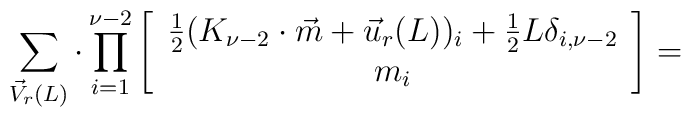
\sum_{\vec{V}_r(L)}\cdot\prod_{i=1}^{\nu-2}\left[\begin{array}{c}\frac{1}{2}(K_{\nu-2}\cdot\vec{m}+\vec{u}_r(L))_i+\frac{1}{2}L\delta_{i,\nu-2} \\ m_i \end{array}\right]=